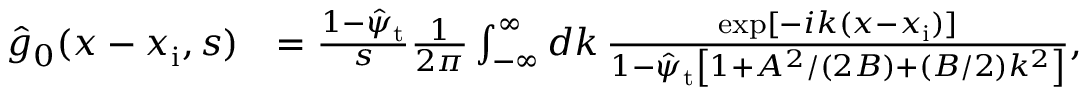
\begin{array} { r l } { \hat { g } _ { 0 } ( x - x _ { \mathrm { i } } , s ) } & { = \frac { 1 - \hat { \psi } _ { \mathrm { t } } } { s } \frac { 1 } { 2 \pi } \int _ { - \infty } ^ { \infty } d k \, \frac { \exp [ - i k ( x - x _ { \mathrm { i } } ) ] } { 1 - \hat { \psi } _ { \mathrm { t } } \left[ 1 + A ^ { 2 } / ( 2 B ) + ( B / 2 ) k ^ { 2 } \right] } , } \end{array}